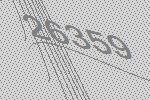
26359